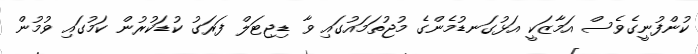
ކުންފުނީގެވެސް އަމާޒަކީ އަޅުގަނޑުމެންގެ މުޖުތަމައުގައި ވާ ޑިޖިޓަލް ފަރަގު ކުޑަކުރުން ކަމުގައި ވުމުން